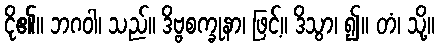
ငို၏။ ဘဂဝါ၊ သည်။ ဒိဗ္ဗစက္ခုနာ၊ ဖြင့်။ ဒိသွာ၊ ၍။ တံ၊ သို့။